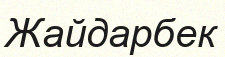
Жайдарбек